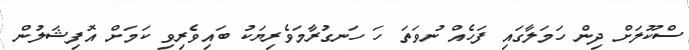
ސްކޫލަށް ދިން ހަމަލާގައި ފަހެއް ނުވަތަ ހަ ހަނގުރާމަވެރިޔަކު ބައިވެރިވި ކަމަށް އޮފިޝަލުން